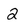
Character: 2